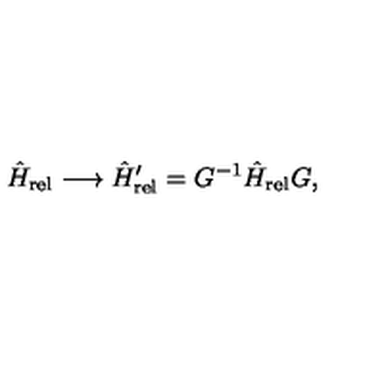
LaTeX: \hat { H } _ { \mathrm { r e l } } \longrightarrow \hat { H } _ { \mathrm { r e l } } ^ { \prime } = G ^ { - 1 } \hat { H } _ { \mathrm { r e l } } G ,